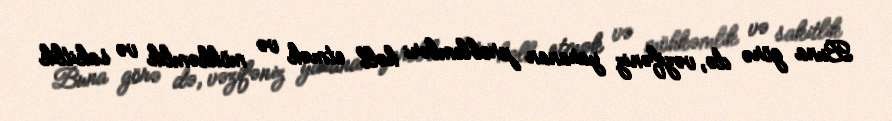
Buna görə də, vəzifəniz yaranan problemləri həll etmək və möhkəmlik və sakitlik